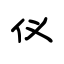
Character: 仪